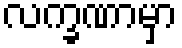
လက္ခဏာမှာ